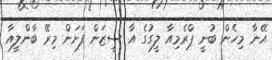
އޭނާ މިހެން ބުނީ ޕްރެމިއާ ލީގުގެ އާ ސީޒަން ފަށަން މިރޭ ބާންލީއާ